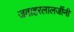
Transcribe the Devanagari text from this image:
जवाहरलालजींनी